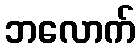
ဘလောက်